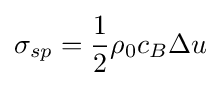
\sigma _{sp}={\frac {1}{2}}\rho _{0}c_{B}\Delta u